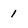
Character: 1